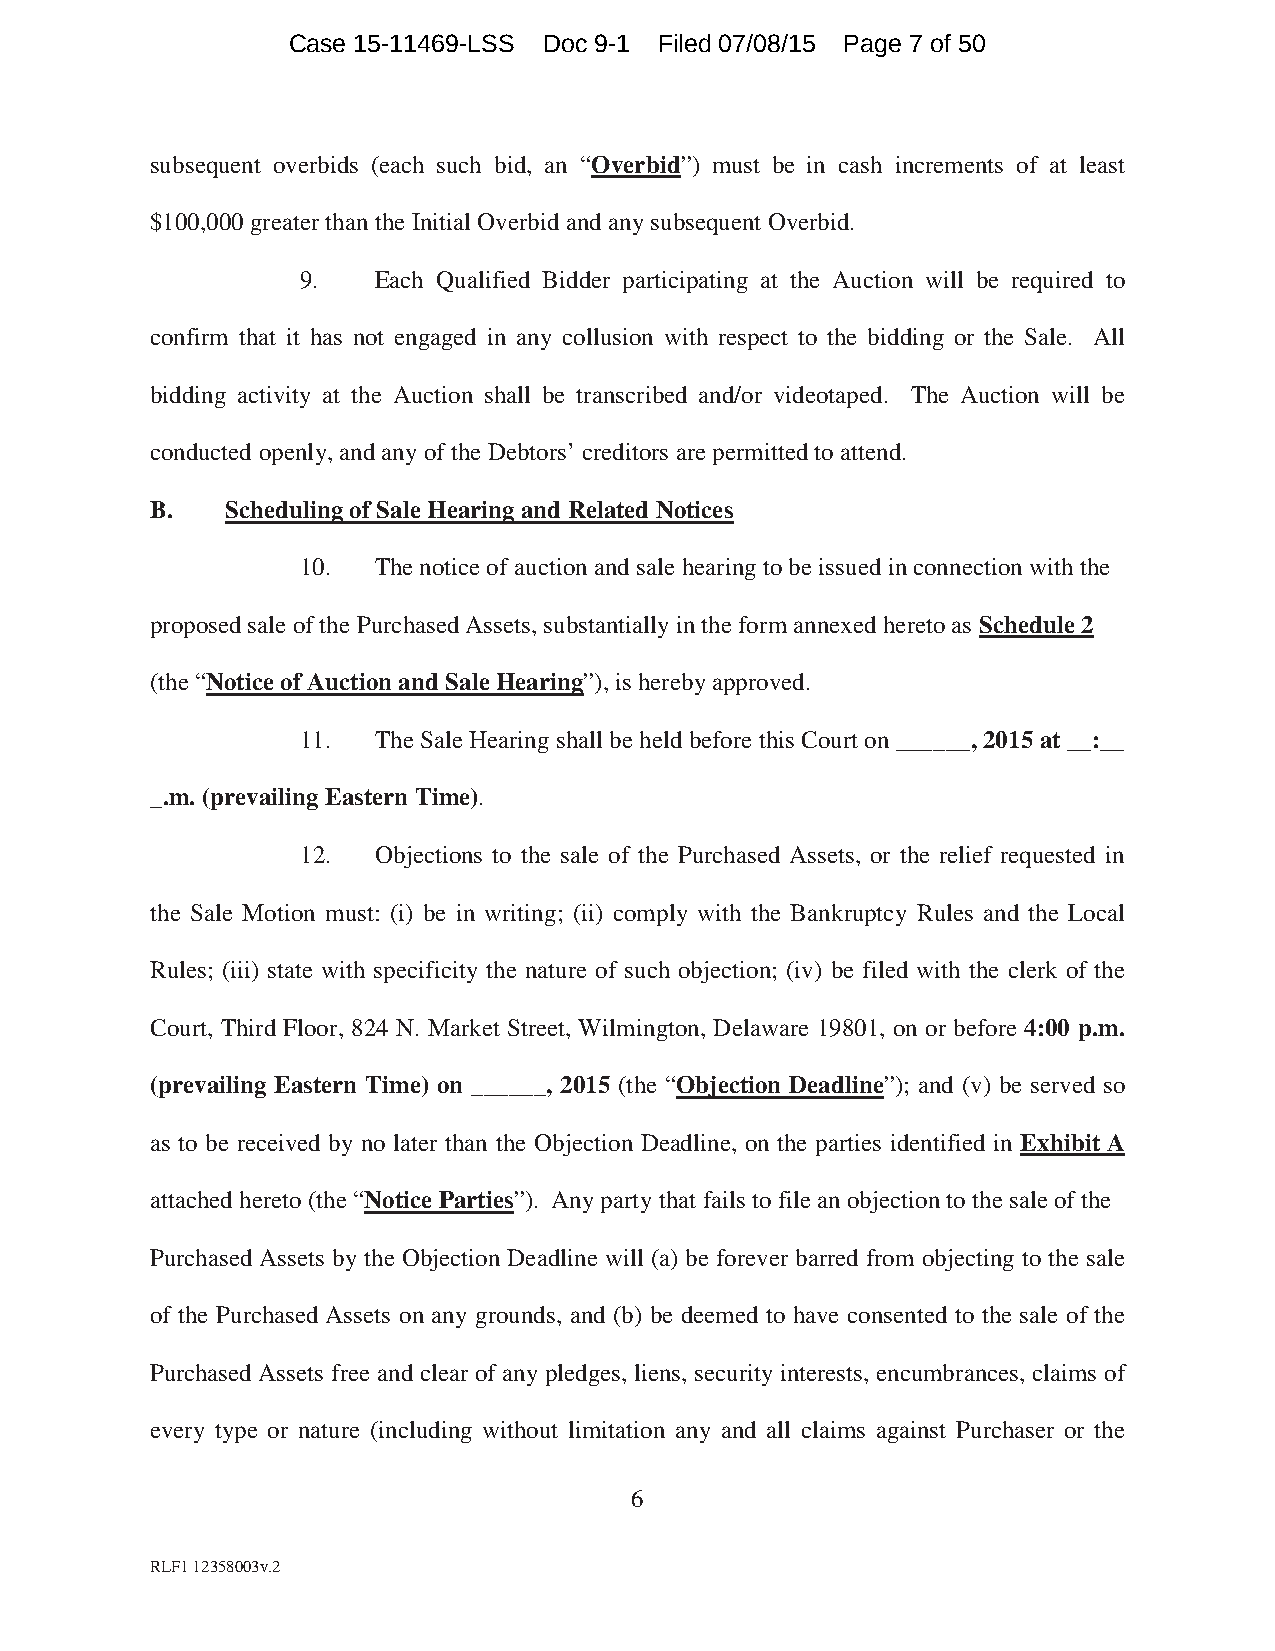
Case 15-11469-LSS Doc 9-1 Filed 07/08/15 Page 7 of 50
 subsequent overbids (each such bid, an “Overbid”) must be in cash increments of at least
 $100,000 greater than the Initial Overbid and any subsequent Overbid.
 9.   Each Qualified Bidder participating at the Auction will be required to
 confirm that it has not engaged in any collusion with respect to the bidding or the Sale. All
 bidding activity at the Auction shall be transcribed and/or videotaped. The Auction will be
 conducted openly, and any of the Debtors’ creditors are permitted to attend.
 B.   Scheduling of Sale Hearing and Related Notices
 10.  The notice of auction and sale hearing to be issued in connection with the
 proposed sale of the Purchased Assets, substantially in the form annexed hereto as Schedule 2
 (the “Notice of Auction and Sale Hearing”), is hereby approved.
 11.  The Sale Hearing shall be held before this Court on ______, 2015 at __:__
 _.m. (prevailing Eastern Time).
 12.  Objections to the sale of the Purchased Assets, or the relief requested in
 the Sale Motion must: (i) be in writing; (ii) comply with the Bankruptcy Rules and the Local
 Rules; (iii) state with specificity the nature of such objection; (iv) be filed with the clerk of the
 Court, Third Floor, 824 N. Market Street, Wilmington, Delaware 19801, on or before 4:00 p.m.
 (prevailing Eastern Time) on ______, 2015 (the “Objection Deadline”); and (v) be served so
 as to be received by no later than the Objection Deadline, on the parties identified in Exhibit A
 attached hereto (the “Notice Parties”). Any party that fails to file an objection to the sale of the
 Purchased Assets by the Objection Deadline will (a) be forever barred from objecting to the sale
 of the Purchased Assets on any grounds, and (b) be deemed to have consented to the sale of the
 Purchased Assets free and clear of any pledges, liens, security interests, encumbrances, claims of
 every type or nature (including without limitation any and all claims against Purchaser or the
 6
 RLF1 12358003v.2